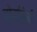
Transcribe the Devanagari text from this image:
तोर्रिनी